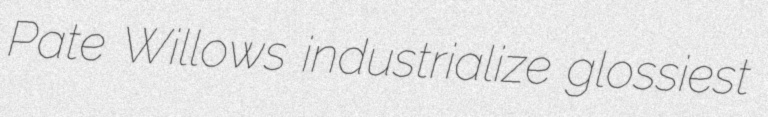
Pate Willows industrialize glossiest